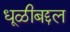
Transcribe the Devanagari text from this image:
धूळीबद्दल